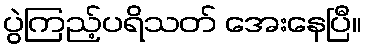
ပွဲကြည့်ပရိသတ် အေးနေပြီ။